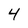
Character: 4